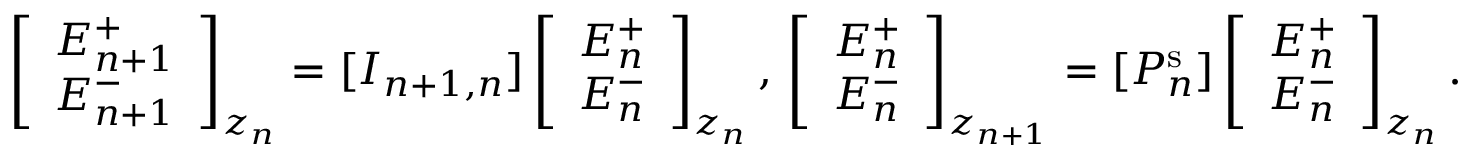
\left[ \begin{array} { l } { E _ { n + 1 } ^ { + } } \\ { E _ { n + 1 } ^ { - } } \end{array} \right] _ { z _ { n } } = [ I _ { n + 1 , n } ] \left[ \begin{array} { l } { E _ { n } ^ { + } } \\ { E _ { n } ^ { - } } \end{array} \right] _ { z _ { n } } , \, \left[ \begin{array} { l } { E _ { n } ^ { + } } \\ { E _ { n } ^ { - } } \end{array} \right] _ { z _ { n + 1 } } = [ P _ { n } ^ { \mathrm { s } } ] \left[ \begin{array} { l } { E _ { n } ^ { + } } \\ { E _ { n } ^ { - } } \end{array} \right] _ { z _ { n } } .